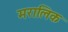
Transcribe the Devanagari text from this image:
मरालिक